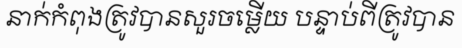
នាក់កំពុងត្រូវបានសួរចម្លើយ បន្ទាប់ពីត្រូវបាន